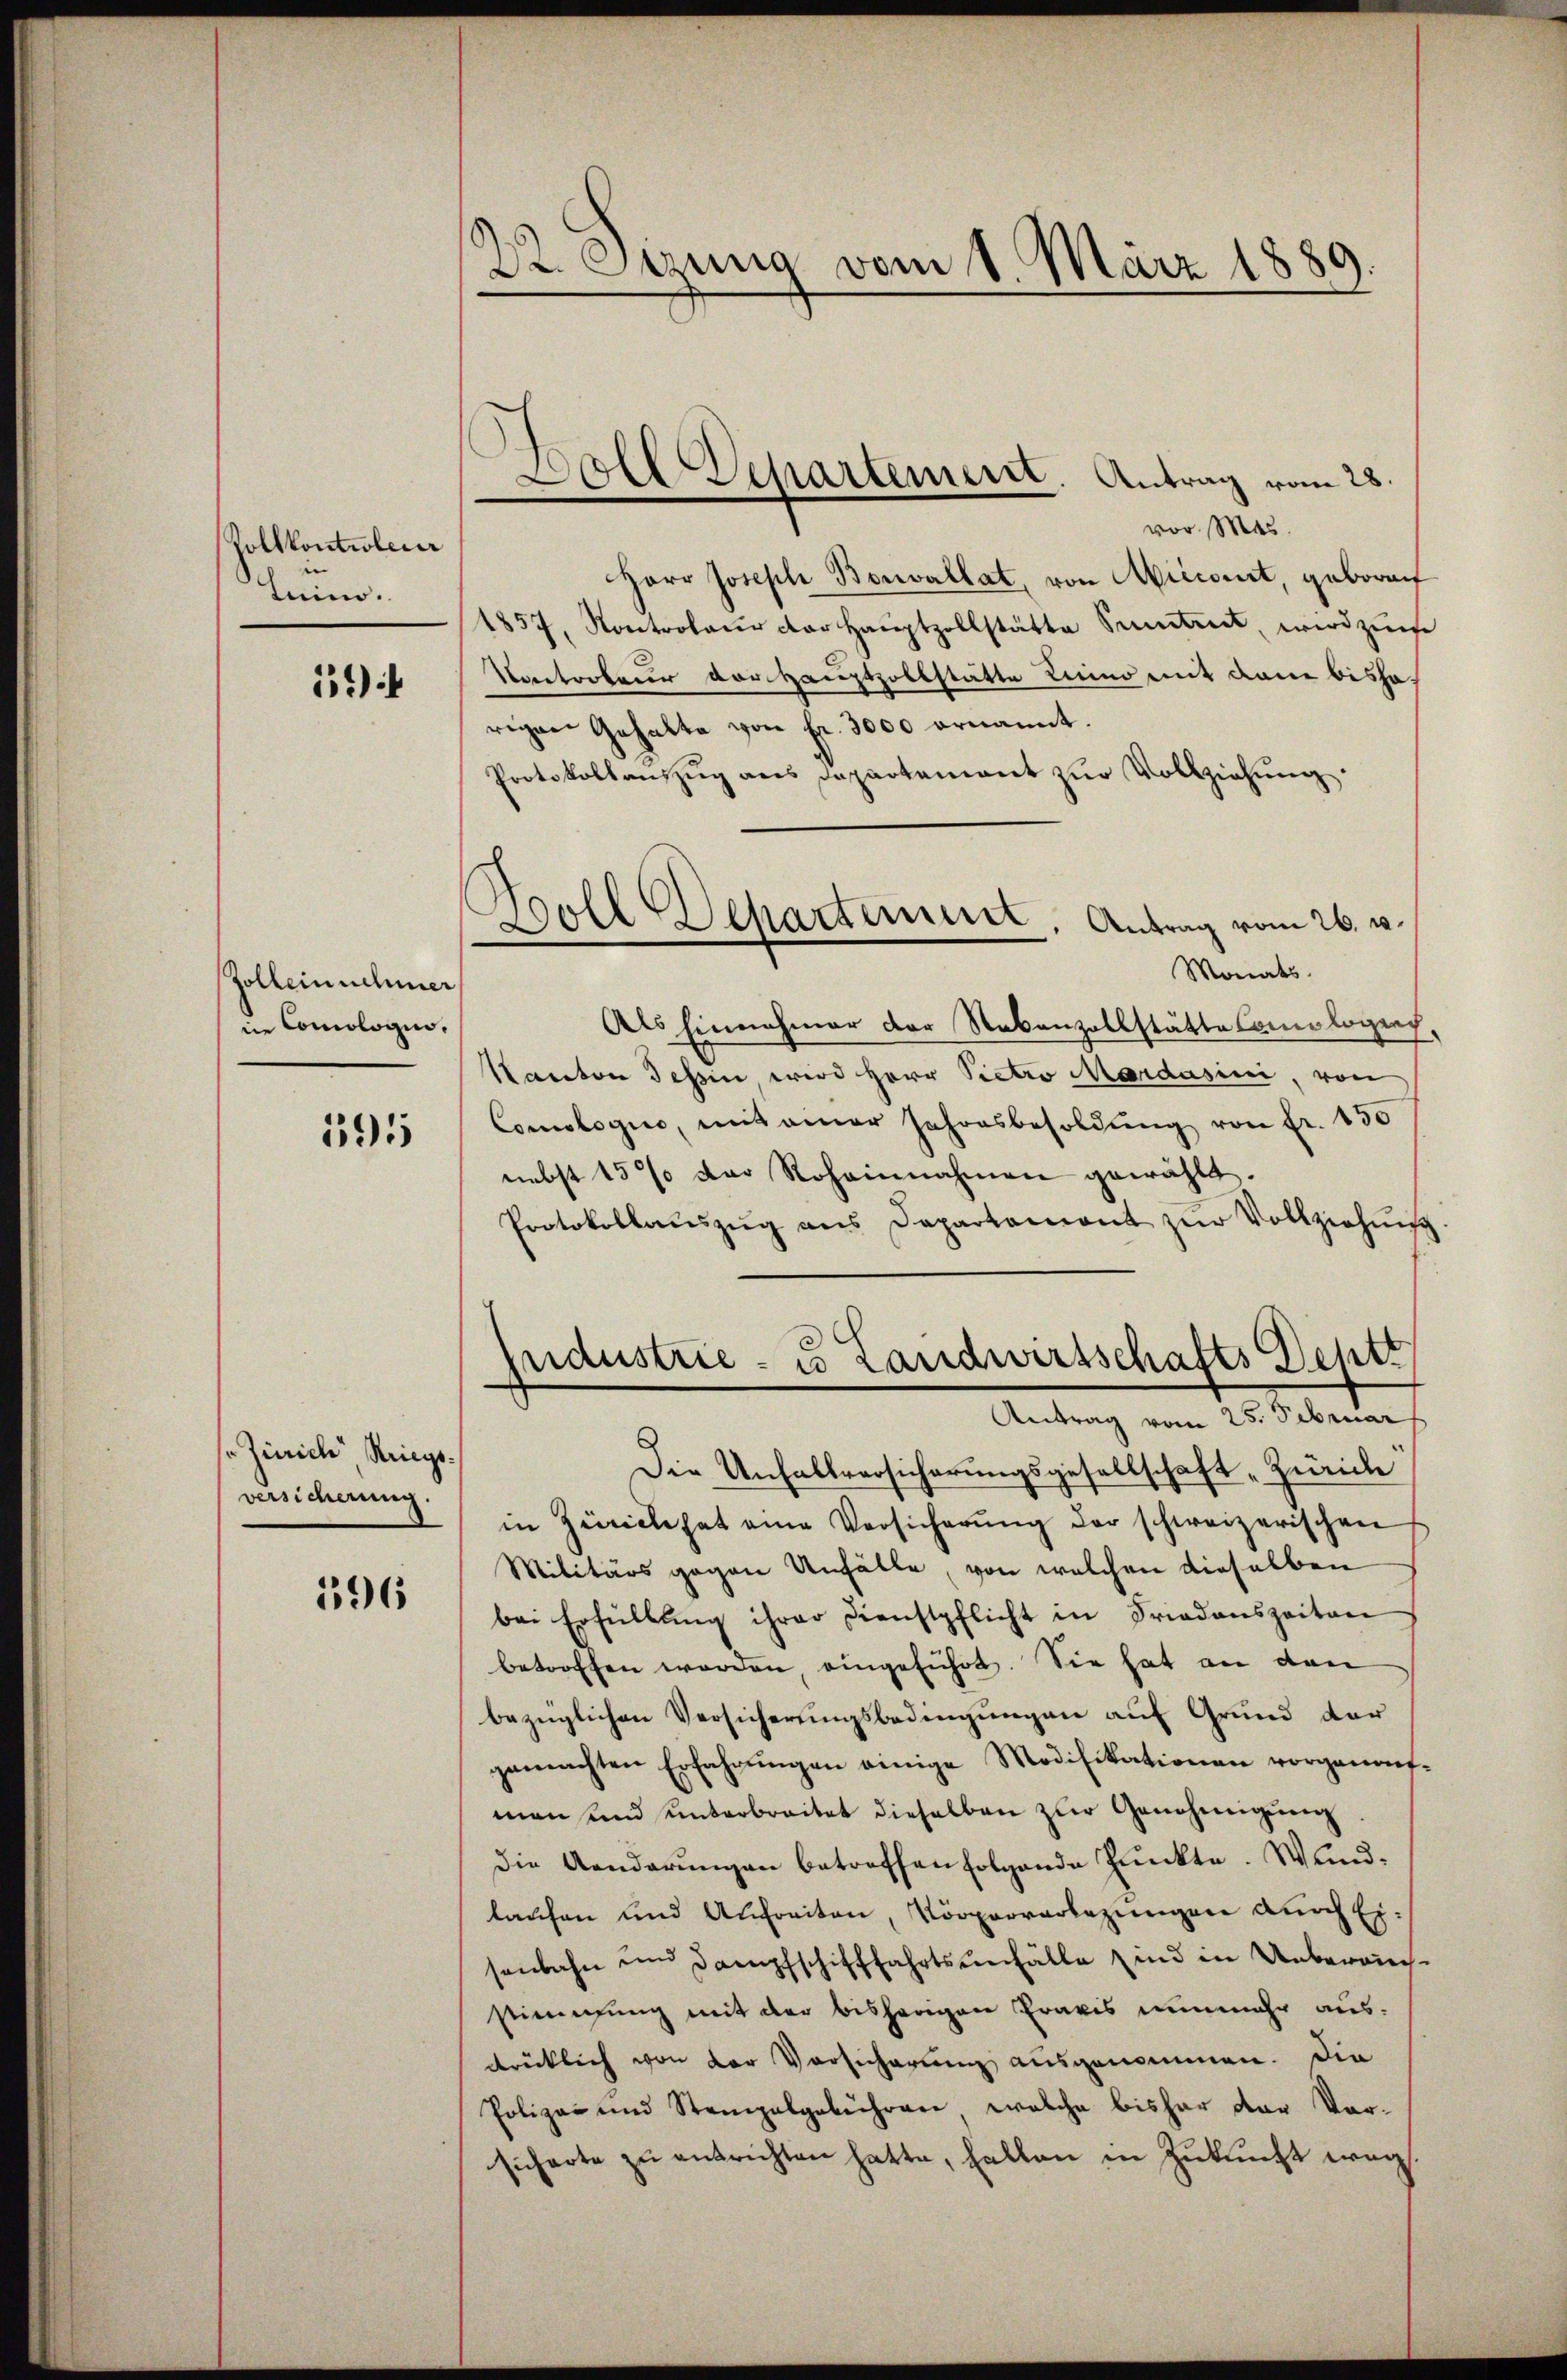
Zollkontroleur
Leim.

11)

Golbeinnehmer
in Comologie.

191

Zürich Kriegsversicherung.

596

22. Setzung vom 8. März 1889.

Herr Joseph Bonvallat, von Aiccourt, geboren
1857, Kontroleur der Hauptzollstätte Sentiret, wird zure
Kontroleur vorhauptzollstätte Linno mit dann bisha
rigen Gehalte von Fr. 3000 ernannt.
Protokollauszug aus Departement zur Vollziehung.
Als Einnahmer der Nebenzollstätte Comologich,
Kanton Tessin wird Herr Pietro Mardasini, von
Comologie, mit ainer Jahresbesoldŭng von fr. 150
nebst 15% der Rohannahmen gewählt.
Protokollaŭszŭg ans Departament zŭr Vollziehniβ
Industrie - u Landwirtschafts Deptr
Antrag vom 25. Februar
Die Unfallversicherungsgesellschaft „Zürich
in Züricle hat eine Versicherŭng der schweizerischen
Militärs gegen Unfälle, von welchen dieselben
bei Erfüllŭng ihrer Dienstpflicht in Friedenszeiten
betroffen worden eingeführt. Sie hat an den
bezüglichen Versicherungsbedingungen auf Grund der
gemachten Erfahrŭngen einige Modifikationen vorgenant-
man und unterbreitet dieselben zur Genehmigung
die Aenderŭngen betreffen folgende Pŭnkte. Wundlaufen und Aufreiten, Körperverlegungen durch Eisenbahn und Dampfschifffahrtsunfälle sind in Unbereichstimmung mit der bisherigen Praxis nunmehr aus-
drücklich von der Vorsicherung ausgenommen. Die
Polize- und Stempelgebühren, welche bisher der Vorsicherte zŭ entrichten hatte, fallen in Zukunft weg

Goll Departement. Antrag vom 28.
vor. Mas

Woll Departement. Antrag vom 26. v.
Monats.